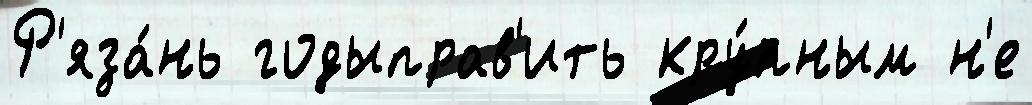
Р'яза́нь годыправ'ить кру́пным н'е